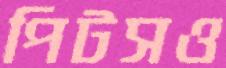
পিটসও